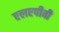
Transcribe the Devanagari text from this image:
एलएपीबी